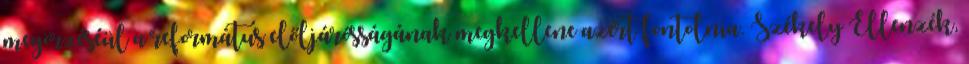
megörzéséül a református előljárósságának megkellene azért fontolnia. Székely Ellenzék,